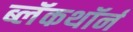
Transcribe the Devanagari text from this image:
ब्लॅकथॉर्न